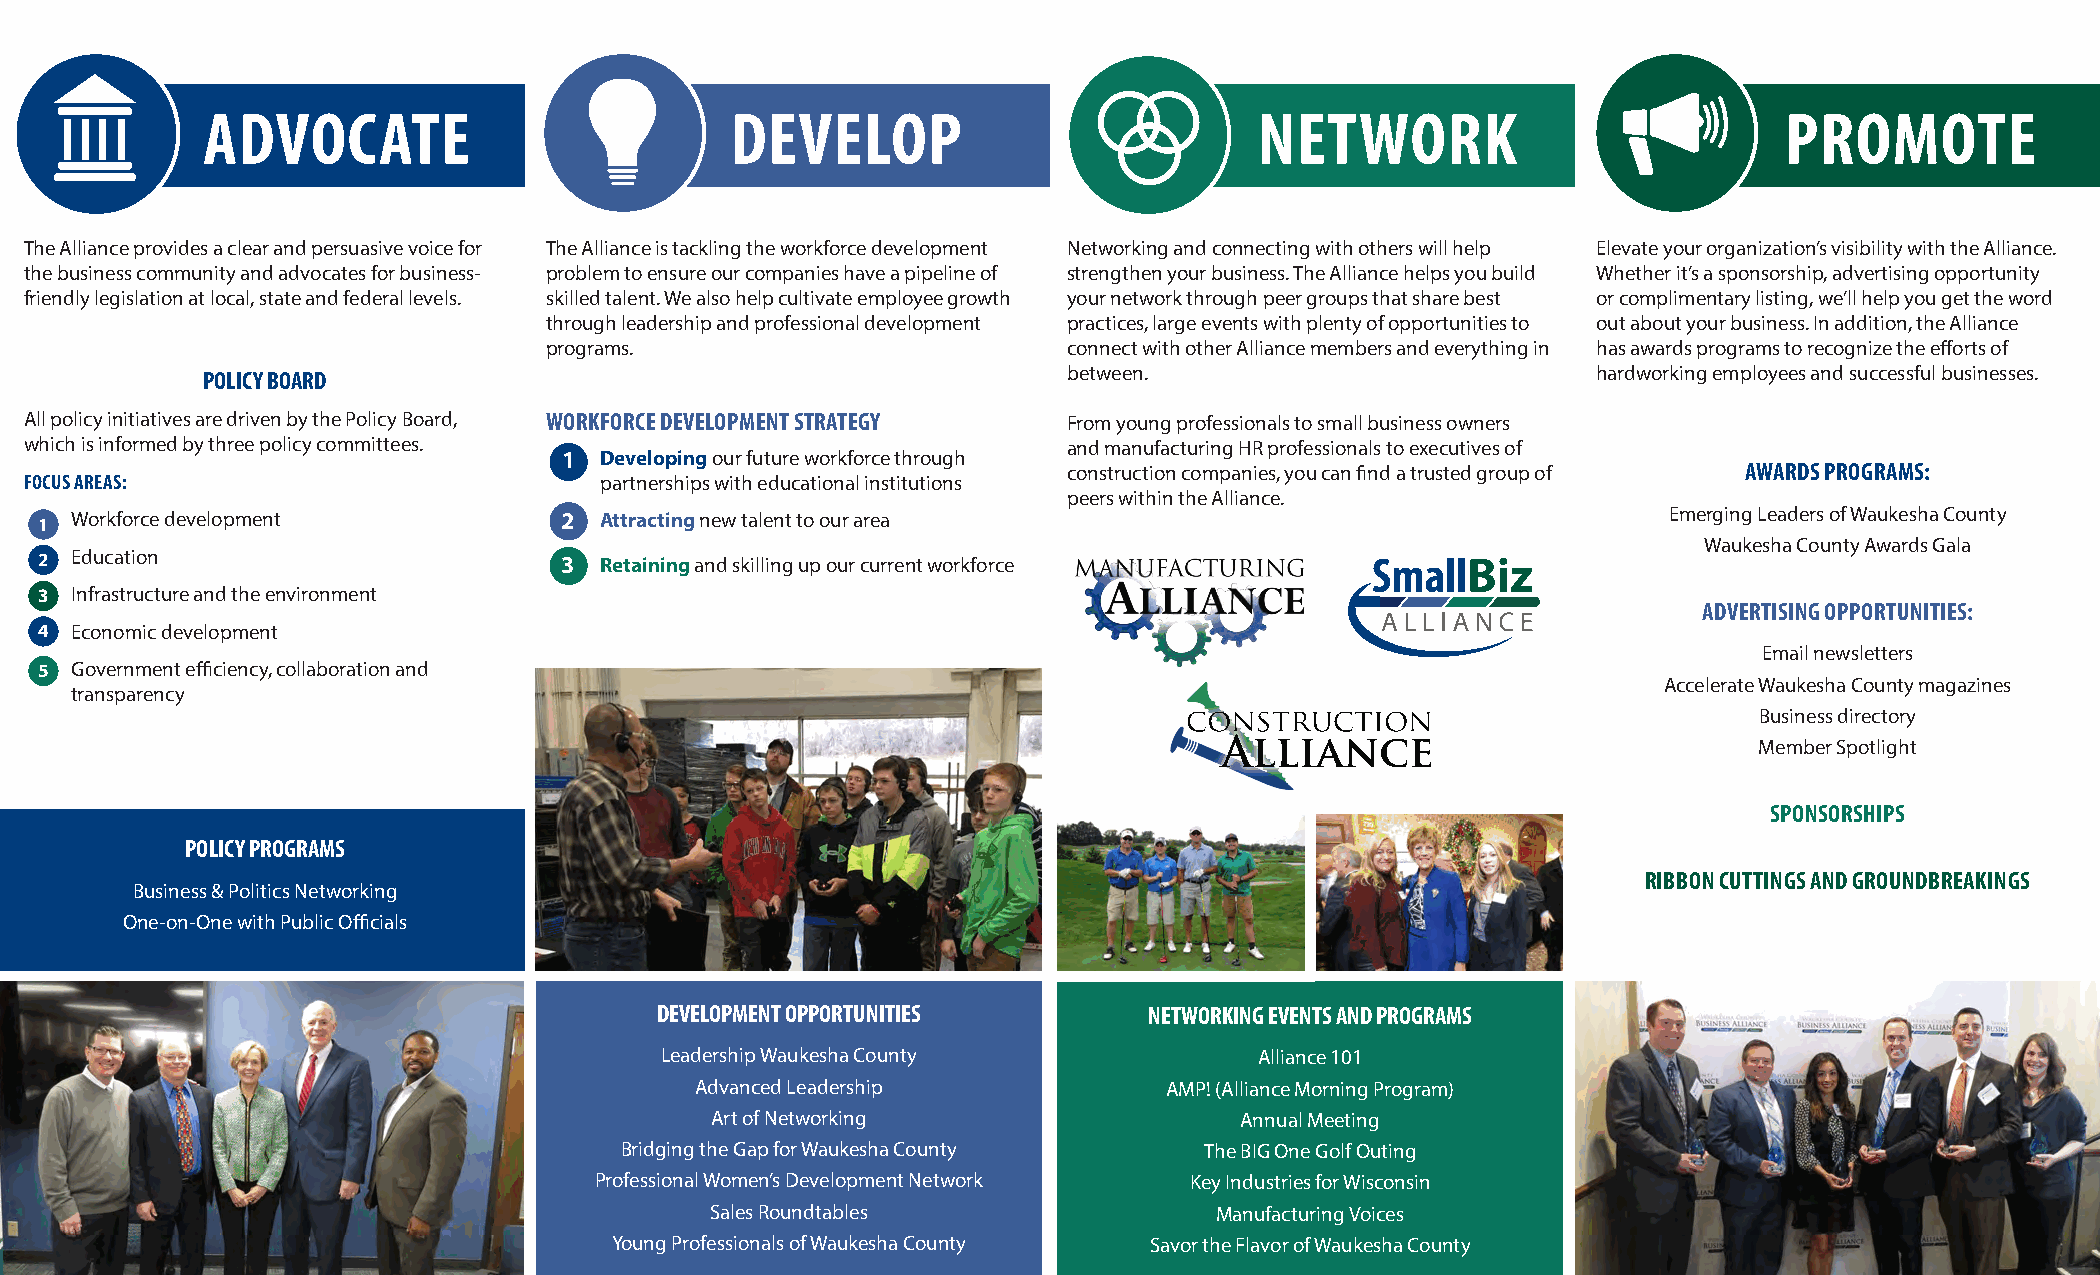
ADVOCATE                           DEVELOP                            NETWORK                            PROMOTE
 The Alliance provides a clear and persuasive voice for The Alliance is tackling the workforce development Networking and connecting with others will help Elevate your organization’s visibility with the Alliance.
 the business community and advocates for business- problem to ensure our companies have a pipeline of strengthen your business. The Alliance helps you build Whether it’s a sponsorship, advertising opportunity
 friendly legislation at local, state and federal levels. skilled talent. We also help cultivate employee growth your network through peer groups that share best or complimentary listing, we’ll help you get the word
 through leadership and professional development practices, large events with plenty of opportunities to out about your business. In addition, the Alliance
 programs.                          connect with other Alliance members and everything in has awards programs to recognize the efforts of
 POLICY BOARD                                              between.                           hardworking employees and successful businesses.
 All policy initiatives are driven by the Policy Board, WORKFORCE DEVELOPMENT STRATEGY From young professionals to small business owners
 which is informed by three policy committees.                        and manufacturing HR professionals to executives of
 1  Developing our future workforce through
 construction companies, you can find a trusted group of AWARDS PROGRAMS:
 FOCUS AREAS:                          partnerships with educational institutions
 peers within the Alliance.
 1 Workforce development           2  Attracting new talent to our area                                     Emerging Leaders of Waukesha County
 Waukesha County Awards Gala
 2 Education                       3  Retaining and skilling up our current workforce
 3 Infrastructure and the environment
 ADVERTISING OPPORTUNITIES:
 4 Economic development
 Email newsletters
 5 Government efficiency, collaboration and
 Accelerate Waukesha County magazines
 transparency
 Business directory
 Member Spotlight
 SPONSORSHIPS
 POLICY PROGRAMS
 RIBBON CUTTINGS AND GROUNDBREAKINGS
 Business & Politics Networking
 One-on-One with Public Officials
 DEVELOPMENT OPPORTUNITIES        NETWORKING EVENTS AND PROGRAMS
 Leadership Waukesha County             Alliance 101
 Advanced Leadership            AMP! (Alliance Morning Program)
 Art of Networking                  Annual Meeting
 Bridging the Gap for Waukesha County   The BIG One Golf Outing
 Professional Women’s Development Network Key Industries for Wisconsin
 Sales Roundtables                 Manufacturing Voices
 Young Professionals of Waukesha County Savor the Flavor of Waukesha County